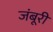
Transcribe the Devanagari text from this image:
जंबूरी